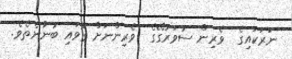
ނަރަކައިގެ  ވެރިން ސުވަރުގޭގެ  ވެރިންނަށް ގޮވައި ބުނާނެތެވެ.